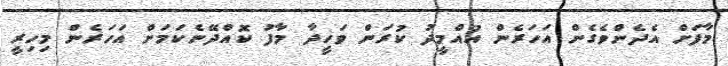
މާފަށް އެދެންވެގެން އަހަރެން އުއްމީދު ކުރަން ވަހީދާ މާފު ކޮއްދޭނެކަމަށް އަހަރެން މިހިރީ